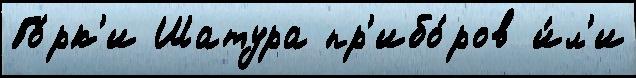
Го́рк'и Шатура пр'ибо́ров и́л'и